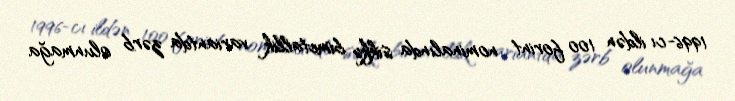
1996-cı ildən 100 forint nominalında sikkə bimetallik variantda zərb olunmağa